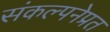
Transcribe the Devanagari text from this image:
संकल्पनेप्रत